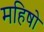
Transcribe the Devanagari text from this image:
महिषो